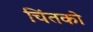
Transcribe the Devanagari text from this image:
चिंतको